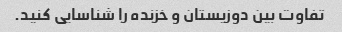
تفاوت بین دوزیستان و خزنده را شناسایی کنید.